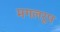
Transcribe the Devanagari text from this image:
मगलरूप